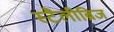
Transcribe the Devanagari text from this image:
स्टैलीब्रिज